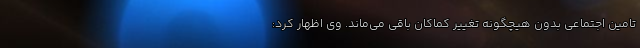
تامین اجتماعی بدون هیچگونه تغییر کماکان باقی می‌ماند. وی اظهار کرد: